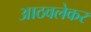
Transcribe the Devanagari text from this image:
आठवलेकर